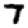
Digit: 7